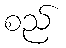
စည်